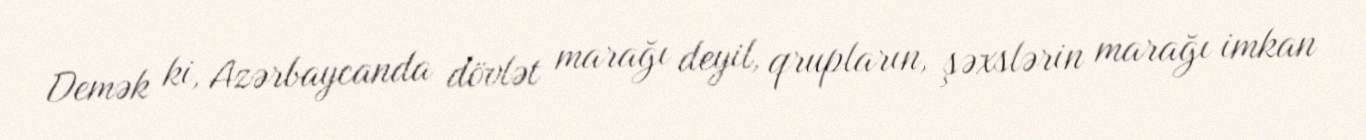
Demək ki, Azərbaycanda dövlət marağı deyil, qrupların, şəxslərin marağı imkan